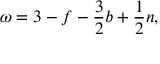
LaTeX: \omega = 3 - f - \frac { 3 } { 2 } b + \frac { 1 } { 2 } n ,